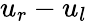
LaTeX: u_{r}-u_{l}